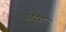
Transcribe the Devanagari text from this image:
छंदश